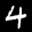
Label: 4